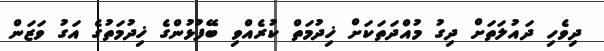
ދިވެހި ދައުލަތަށް ދިގު މުއްދަތަކަށް ޚިދުމަތް ކުރެއްވި ބޭފުޅުންގެ ޚިދުމަތުގެ އަގު ވަޒަން